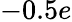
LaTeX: -0.5e